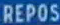
REPOS